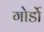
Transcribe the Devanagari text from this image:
गोर्डो